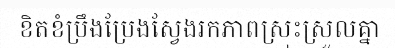
ខិតខំប្រឹងប្រែងស្វែងរកភាពស្រុះស្រួលគ្នា